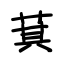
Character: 萁